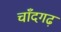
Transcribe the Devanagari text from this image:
चाँदगढ़